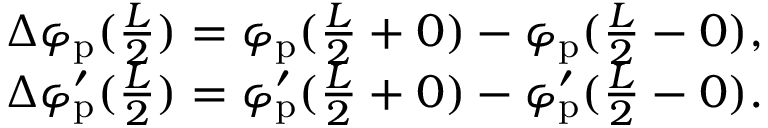
\begin{array} { r } { \Delta \varphi _ { \mathrm { p } } ( \frac { L } { 2 } ) = \varphi _ { \mathrm { p } } ( \frac { L } { 2 } + 0 ) - \varphi _ { \mathrm { p } } ( \frac { L } { 2 } - 0 ) , } \\ { \Delta \varphi _ { \mathrm { p } } ^ { \prime } ( \frac { L } { 2 } ) = \varphi _ { \mathrm { p } } ^ { \prime } ( \frac { L } { 2 } + 0 ) - \varphi _ { \mathrm { p } } ^ { \prime } ( \frac { L } { 2 } - 0 ) . } \end{array}